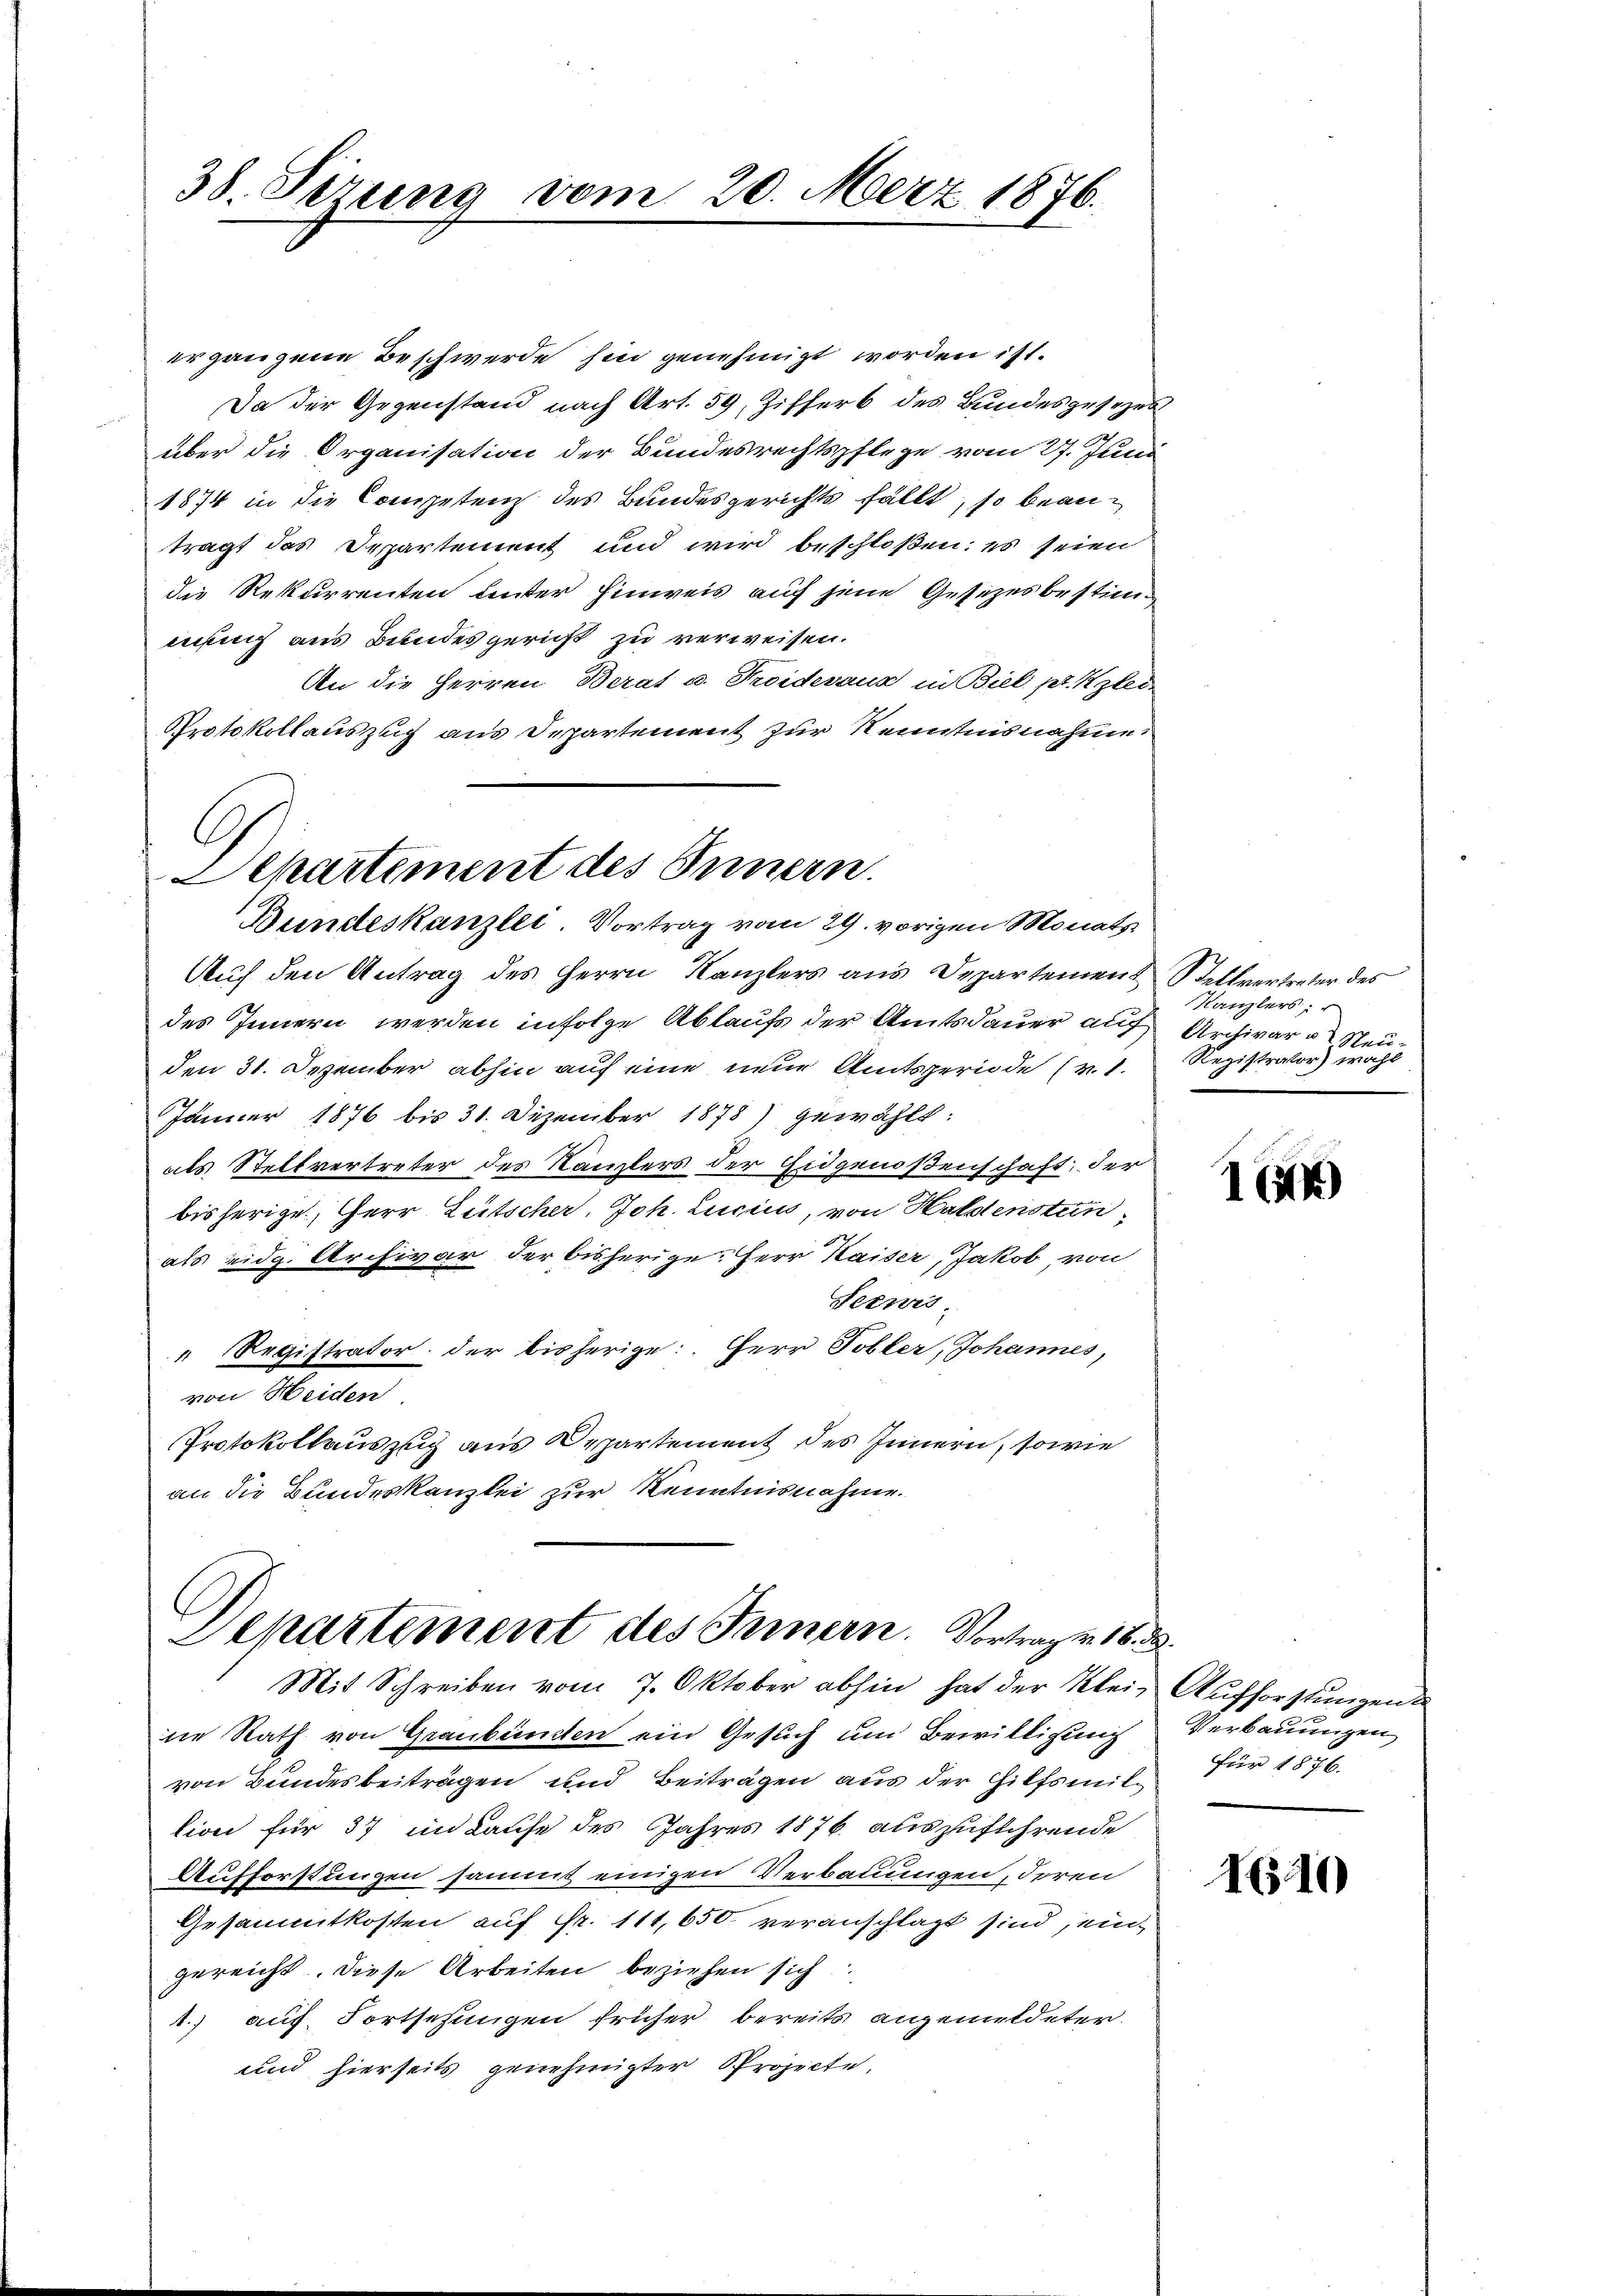
38. Sizung vom 20. März 1876.

er ganzene Beschwerde hin genehmigt worden ist.
Da der Gegenstand nach Art. 59, Zifferb des Bundesgesezesüber die Organisation der Bundesrechtspflege vom 27. Juni
1874 in die Competenz des Bundesgerichts fällt, so beanträgt das Departement und wird beschloßen: es seien
die Rekurrenten unter Einweis auf jene Gesetzesbestimnung aus Bundesgericht zu verweisen.
An die Herren Berat u. Troidevaux in Biel pr. Klei
Protokollauszug aus Departement zur Kenntnisnahme
Auf den Antrag des Herrn Kanzlers aus Departemen & Stellvertreter des
des Innern werden infolge Ablaufs der Amtsdauer auf Archivar u Neuden 31. Dezember abhin auf eine neue Amtsperiode (v. 1. Registrator) wohl
Jänner 1876 bis 31. Dezember 1878) gewählt:
als Stellvertreter des Kanzlers der Eidgenoßenschaft; der
bisherige, Herr Gutscher, Joh. Lucius, von Haldenstunals eidg. Archivar der bisherige. Herr Kaiser, Jakob, von
Teewis
Registrator der bisherige Herr Tobler, Johannes,
von Heiden
Protokollauszug aus Departement des Innern, sowie
an die Bundeskanzlei zur Kenntnisnahme.
Departement des Innern. Vortrag v. 18. 33.
Mit Schreiben vom 7. Oktober abhin hat der Klein Aufforstungen
die Rath von Graubünden ein Gesuch um Bewilligung
von Bundesbeiträgen und Beiträgen aus der Hilfsmile für 1876.
lion für 37 im Laufe des Jahres 1876 auszuflehrende
Aufforstungen sammt einigen Verbauungen, deren
Gesammtkosten auf Fr. 111,650. veranschlagt sind, ein
gereicht. Diese Arbeiten beziehen sich
1.) auf Fortsehungen früher bereits angemeldeter.
und hierseits genehmigter Projecte,

.
Departiment des Innern.
Bundeskanzlei Vortrag vom 29. vorigen Monats

Kanzlers:

1 (44)

n
Verbauungen

I10